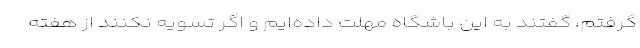
گرفتم، گفتند به این باشگاه مهلت داده‌ایم و اگر تسویه نکنند از هفته